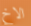
الاخ